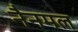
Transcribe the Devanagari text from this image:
नैनमल